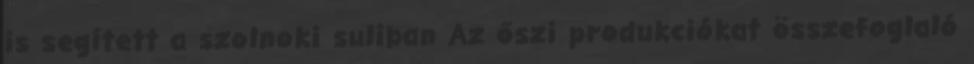
is segített a szolnoki suliban Az őszi produkciókat összefoglaló